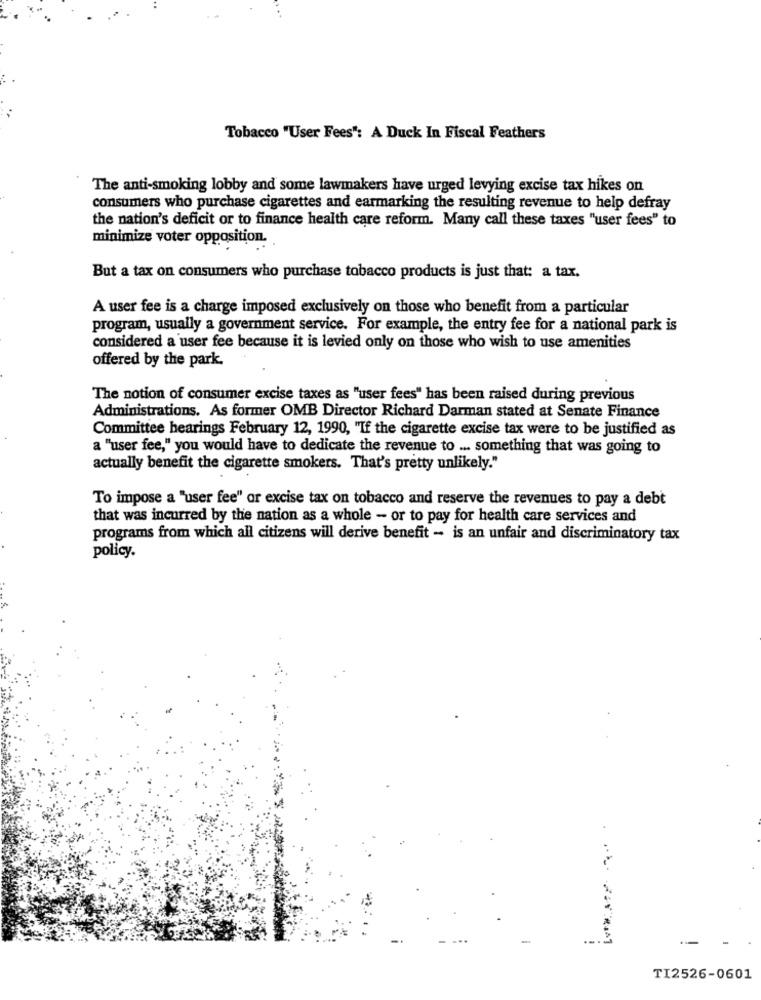
Tobacco "User Fees": A Duck In Fiscal Feathers
The anti-smoking lobby and some lawmakers have urged levying excise tax hikes on
consumers who purchase cigarettes and earmarking the resulting revenue to help defray
the nation's deficit or to finance health care reform. Many call these taxes "user fees" to
minimize voter opposition.
But a tax on consumers who purchase tobacco products is just that: a tax.
A user fee is a charge imposed exclusively on those who benefit from a particular
program, usually a government service. For example, the entry fee for a national park is
considered a user fee because it is levied only on those who wish to use amenities
offered by the park.
The notion of consumer excise taxes as "user fees" has been raised during previous
Administrations. As former OMB Director Richard Darman stated at Senate Finance
Committee hearings February 12, 1990, "If the cigarette excise tax were to be justified as
a "user fee," you would have to dedicate the revenue to ... something that was going to
actually benefit the cigarette smokers. That's pretty unlikely."
To impose a "user fee" or excise tax on tobacco and reserve the revenues to pay a debt
that was incurred by the nation as a whole - or to pay for health care services and
programs from which all citizens will derive benefit - is an unfair and discriminatory tax
policy.
-
TI2526-0601